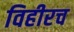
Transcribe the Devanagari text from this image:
विहीरच